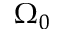
\Omega _ { 0 }